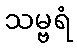
သမ္ဗရံ